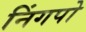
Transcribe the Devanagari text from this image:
निंगपो